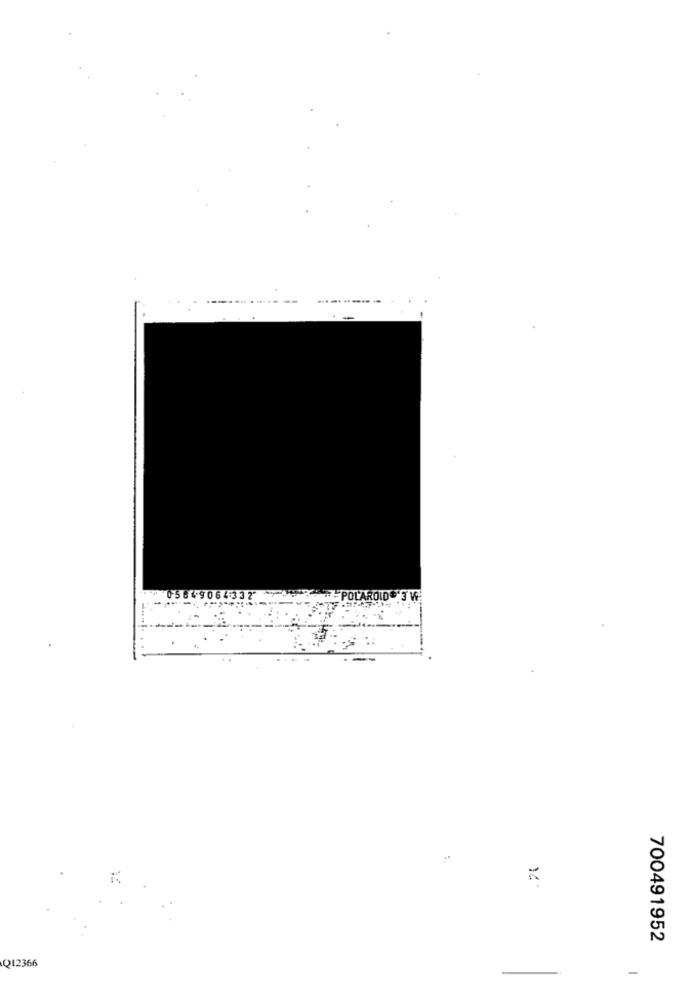
0584-9064-332
POLAROID ** 3 W
.70
700491952
Q12366
-